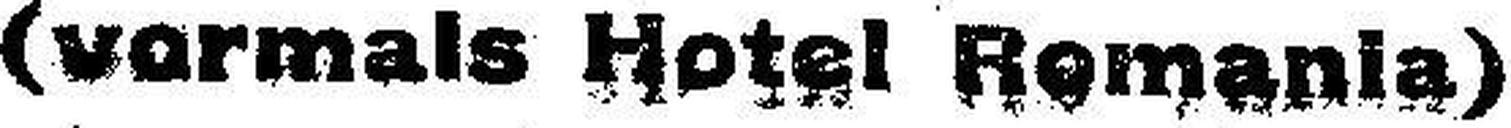
(vormals Hotel Romania)